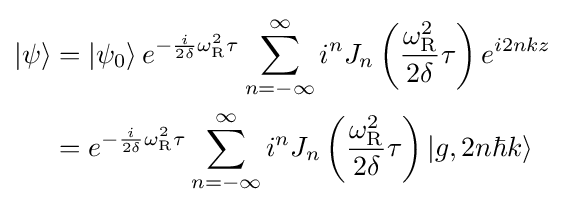
{\begin{aligned}\left|\psi \right\rangle &=\left|\psi _{0}\right\rangle e^{-{\frac {i}{2\delta }}\omega _{\text{R}}^{2}\tau }\sum _{n=-\infty }^{\infty }i^{n}J_{n}\left({\frac {\omega _{\text{R}}^{2}}{2\delta }}\tau \right)e^{i2nkz}\\&=e^{-{\frac {i}{2\delta }}\omega _{\text{R}}^{2}\tau }\sum _{n=-\infty }^{\infty }i^{n}J_{n}\left({\frac {\omega _{\text{R}}^{2}}{2\delta }}\tau \right)\left|g,2n\hbar k\right\rangle \end{aligned}}